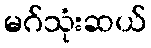
မဂ်သုံးဆယ်